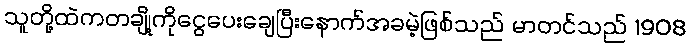
သူတို့ထဲကတချို့ကိုငွေပေးချေပြီးနောက်အခမဲ့ဖြစ်သည် မာတင်သည် 1908